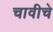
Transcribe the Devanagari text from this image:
चावीचे